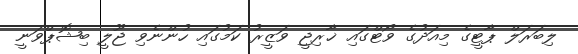
ލިބަރަލް ޕާޓީގެ މިއަދުގެ ވޯޓްގައި ޚާރިޖީ ވަޒީރު ކަމުގައި ހުންނެވި ޖޫލީ ބިޝޮޕްވަނީ